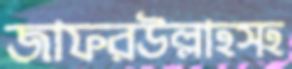
জাফরউল্লাহসহ